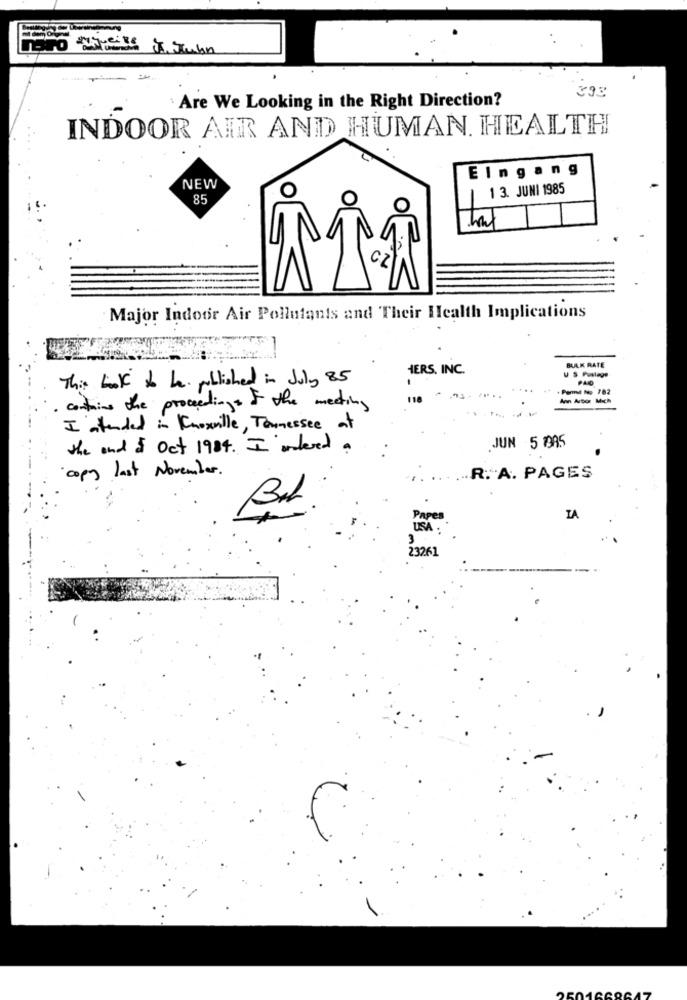
393
Are We Looking in the Right Direction?
INDOOR AIR AND HUMAN. HEALTH
Eingang
NEW
O
1 3. JUNI 1985
85
Major Indoor Air Pollutants and Their Health Implications
IERS. INC.
BALK RATE
This book to be published in July 85
PLO
118
· contains the proceedings of the meeting
I atended in Knoxville , Tennessee at
the and & Oct 1984 . I ordered
JUN 5 9AS
copy last November.
.R. A. PAGES
Papes
IA
USA :
23261